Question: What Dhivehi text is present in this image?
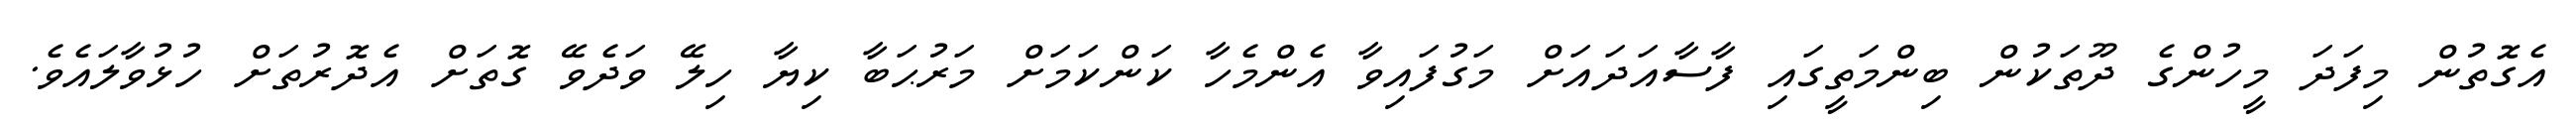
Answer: އެގޮތުން މިފަދަ މީހުންގެ ދޫތަކުން ބިންމަތީގައި ފާސާއަދައަށް މަގުފައިވާ އެންމެހާ ކަންކަމަށް މަރުޙަބާ ކިޔާ ހިލޭ ވަދެވޭ ގޮތަށް އެދޮރުތަށް ހުޅުވާލައެވެ.